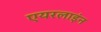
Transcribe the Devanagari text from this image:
एयरलाइंन